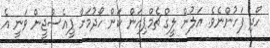
ހޯދި ފަހުންނެވެ. އަލުން ލީގް ޗެމްޕިއަން ކަން ހޯދުމަށް ޕީއެސްޖީން ވަނީ އެ